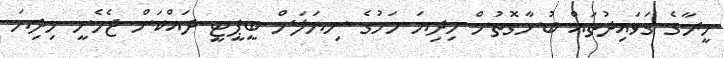
މީރާގެ ގަވައިދުތައް ބުނާގޮތުން މިދިޔަ މަހުގެ ނިޔަލަށް ބީޕީޓީ ދައްކަން ޖެހެނީ މިދިޔަ